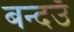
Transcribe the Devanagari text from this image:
बन्दउँ